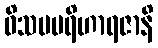
ဝိသမပရိဟာရဇာနိ